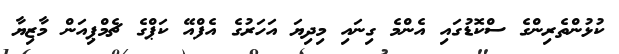
ކުޅުންތެރިންގެ ސްކޮޑުގައި އެންމެ ގިނައި މިދިޔަ އަހަރުގެ އެފްއޭ ކަޕްގެ ޗެމްޕިއަން މާޒިޔާ